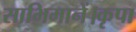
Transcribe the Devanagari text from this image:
साभिमानें।कृपा